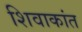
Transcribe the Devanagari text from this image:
शिवाकांत